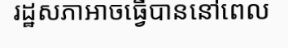
រដ្ឋសភាអាចធ្វើបាននៅពេល